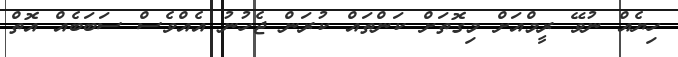
ހިޔެއް ނުވޭ ރީމްއަށް މިގޮތަށް ކަންތައް ކުރަން ޖެހުނު އެއްވެސް ސަބަބެއް އޮތް